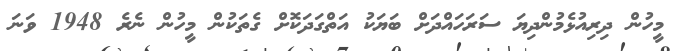
މީހުން ދިިރިއުޅެމުންދިޔަ ސަރަހައްދަށް ބަޔަކު އަތްގަދަކޮށް ގެތަކުން މީހުން ނެރެ 1948 ވަނަ